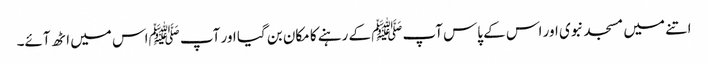
اتنے میں مسجد نبوی اور اس کے پاس آپﷺ کے رہنے کا مکان بن گیا اور آپ ﷺاس میں اٹھ آئے۔